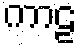
ကာဠ